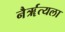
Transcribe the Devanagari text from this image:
नैर्ॠत्यला